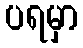
ပရမှာ